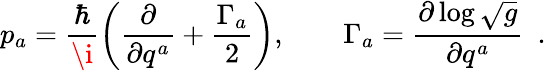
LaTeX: p_{a}={\frac{\hbar}{\i}}\bigg({\frac{\partial}{\partial q^{a}}}+{\frac{\Gamma_{a}}{2}}\bigg),\qquad\Gamma_{a}={\frac{\partial\log\sqrt{g}}{\partial q^{a}}}\enspace.